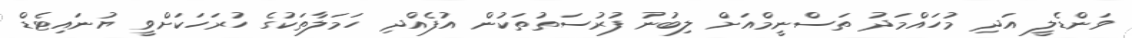
ވަންޑެލީ އަދި މުހައްމަދު ތަސްނީމްއަށް ލިބުނު ފުރުސަތުތަކުން އުފެއްދި ހަމަލާތަކުގެ ހުރަހަކަށްވީ ޔުނައިޓެޑް